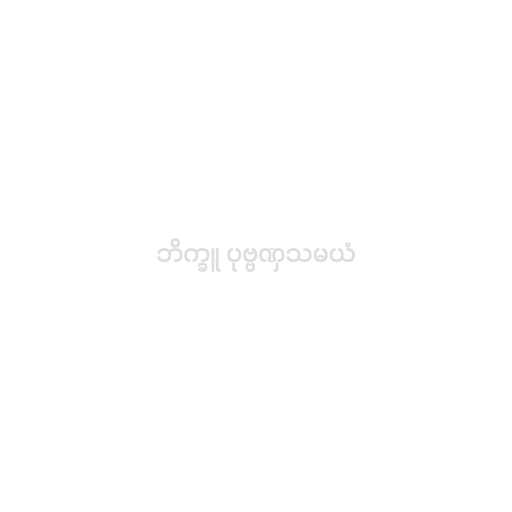
ဘိက္ခူ ပုဗ္ဗဏှသမယံ